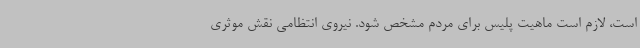
است، لازم است ماهیت پلیس برای مردم مشخص شود. نیروی انتظامی نقش موثری